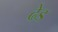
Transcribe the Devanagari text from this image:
ढेड